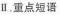
Ⅱ.重点难语